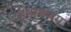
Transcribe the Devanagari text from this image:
रामायणमु